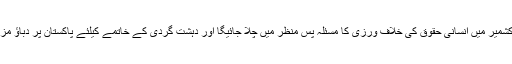
جس سے کشمیر میں انسانی حقوق کی خلاف ورزی کا مسئلہ پس منظر میں چلا جائیگا اور دہشت گردی کے خاتمے کیلئے پاکستان پر دباؤ مزید بڑھ گیا۔